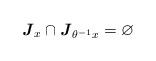
LaTeX: \begin{align*}\textbf{\emph{J}}_x\cap \textbf{\emph{J}}_{\theta^{-1}x}=\varnothing\end{align*}